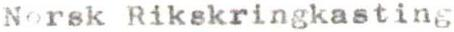
Norsk Rikskringkasting